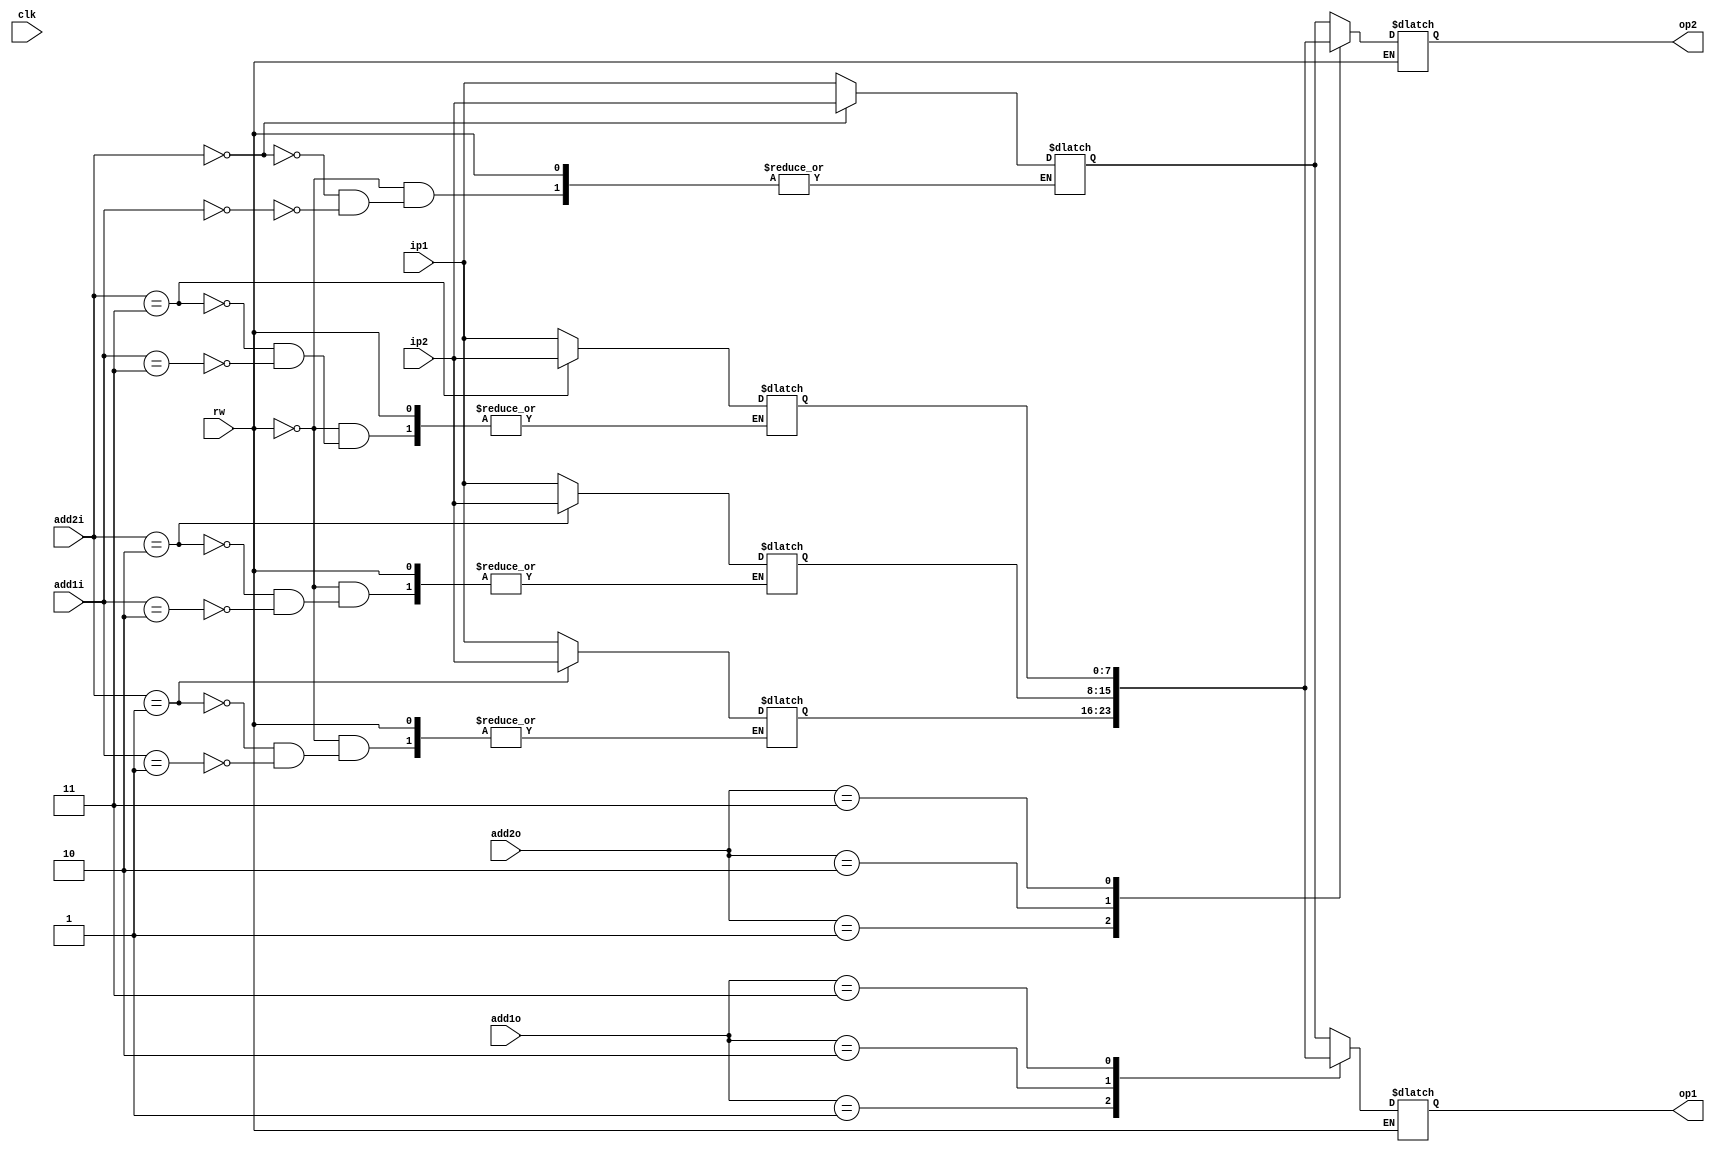
  `timescale 1ns / 1ps
 module register_bank(output reg [7:0]op1,
 output reg [7:0]op2,
                    input [1:0]add1i,
                    input [1:0]add2i,
                    input rw,
                    input [7:0]ip1,
                    input [7:0]ip2,
                    input [1:0]add1o,
                    input [1:0]add2o,
                    input clk);

reg [7:0]registers[3:0];
  always @(*)
    if(rw==0)
    begin
        registers[add1i]<=ip1;
        registers[add2i]<=ip2;
        end
    
    else
    begin
        op1 <= registers[add1o];
        op2 <= registers[add2o];
    end
endmodule